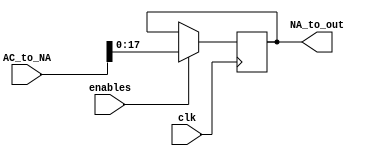
module Next_Address(input wire clk,
                    input wire enables,
						  input wire[31:0] AC_to_NA,
						  output wire[17:0] NA_to_out
						  );
reg [17:0]  NA=0;
always@(negedge clk) begin
 case(enables)
   1'b1: begin
    NA<=AC_to_NA[17:0];
	end
	default: begin
	  
	end
  endcase
end
assign NA_to_out=NA;
endmodule